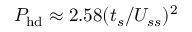
P _ { \mathrm { h d } } \approx 2 . 5 8 ( t _ { s } / U _ { s s } ) ^ { 2 }